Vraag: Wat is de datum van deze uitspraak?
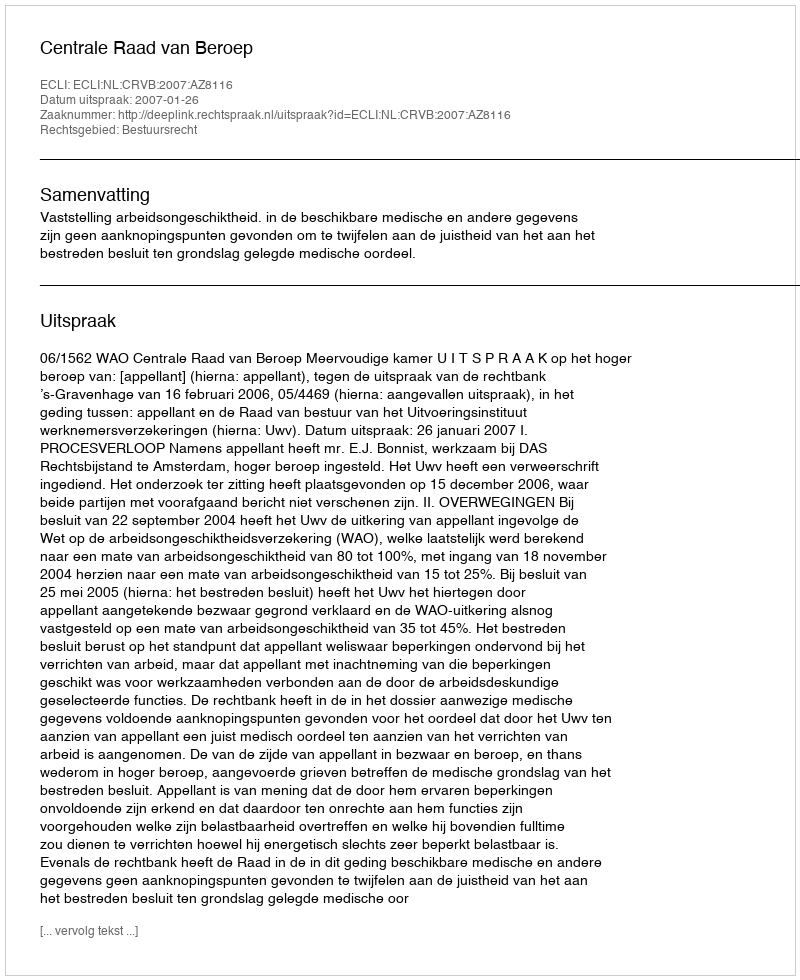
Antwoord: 2007-01-26